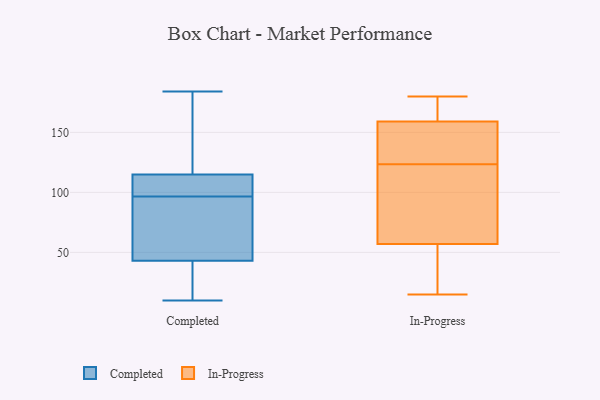
{"axis": {"x": "Tickets Resolved", "y": "Value"}, "legend": ["Completed", "In-Progress"], "data": [{"x": "", "y": 112, "type": "Completed"}, {"x": "", "y": 12, "type": "Completed"}, {"x": "", "y": 35, "type": "Completed"}, {"x": "", "y": 111, "type": "Completed"}, {"x": "", "y": 88, "type": "Completed"}, {"x": "", "y": 105, "type": "Completed"}, {"x": "", "y": 10, "type": "Completed"}, {"x": "", "y": 132, "type": "Completed"}, {"x": "", "y": 170, "type": "Completed"}, {"x": "", "y": 184, "type": "Completed"}, {"x": "", "y": 33, "type": "Completed"}, {"x": "", "y": 43, "type": "Completed"}, {"x": "", "y": 53, "type": "Completed"}, {"x": "", "y": 63, "type": "Completed"}, {"x": "", "y": 133, "type": "Completed"}, {"x": "", "y": 114, "type": "Completed"}, {"x": "", "y": 115, "type": "Completed"}, {"x": "", "y": 44, "type": "Completed"}, {"x": "", "y": 57, "type": "In-Progress"}, {"x": "", "y": 159, "type": "In-Progress"}, {"x": "", "y": 29, "type": "In-Progress"}, {"x": "", "y": 109, "type": "In-Progress"}, {"x": "", "y": 179, "type": "In-Progress"}, {"x": "", "y": 28, "type": "In-Progress"}, {"x": "", "y": 171, "type": "In-Progress"}, {"x": "", "y": 107, "type": "In-Progress"}, {"x": "", "y": 77, "type": "In-Progress"}, {"x": "", "y": 138, "type": "In-Progress"}, {"x": "", "y": 156, "type": "In-Progress"}, {"x": "", "y": 156, "type": "In-Progress"}, {"x": "", "y": 168, "type": "In-Progress"}, {"x": "", "y": 180, "type": "In-Progress"}, {"x": "", "y": 114, "type": "In-Progress"}, {"x": "", "y": 15, "type": "In-Progress"}, {"x": "", "y": 37, "type": "In-Progress"}, {"x": "", "y": 133, "type": "In-Progress"}]}